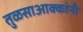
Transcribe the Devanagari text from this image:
तुळसाआक्कांनी